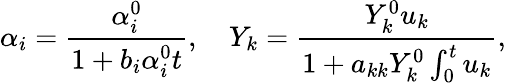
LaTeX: \alpha_{i}=\frac{\alpha_{i}^{0}}{1+b_{i}\alpha_{i}^{0}t},\ \ \ \ Y_{k}=\frac{Y_{k}^{0}u_{k}}{1+a_{kk}Y_{k}^{0}\int_{0}^{t}u_{k}},